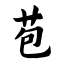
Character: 苞